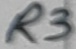
Text: R3